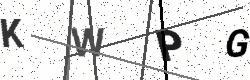
Text: KWPG